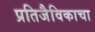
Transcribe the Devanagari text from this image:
प्रतिजैविकाचा